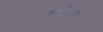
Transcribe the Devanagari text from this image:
एफ्रेन